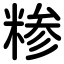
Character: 糁